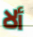
ألا